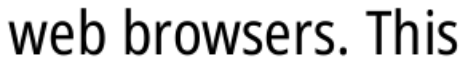
web browsers. This